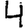
Digit: 4